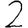
Digit: 2